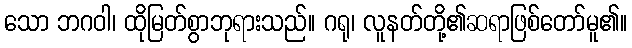
သော ဘဂဝါ၊ ထိုမြတ်စွာဘုရားသည်။ ဂရု၊ လူနတ်တို့၏ဆရာဖြစ်တော်မူ၏။